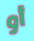
أو